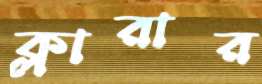
ক্লারার